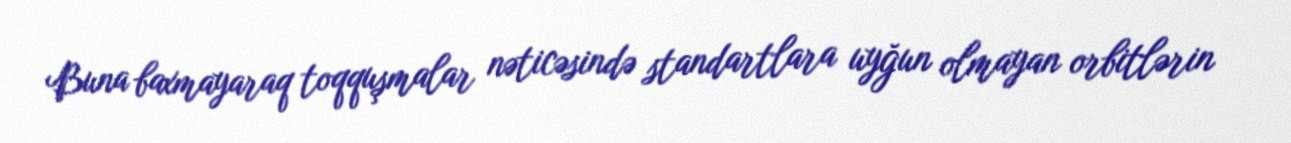
Buna baxmayaraq toqquşmalar nəticəsində standartlara uyğun olmayan orbitlərin